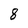
Character: 8